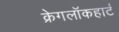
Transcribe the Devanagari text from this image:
क्रेगलॉकहार्ट